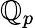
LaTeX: \mathbb{Q}_{p}